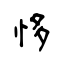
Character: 恀